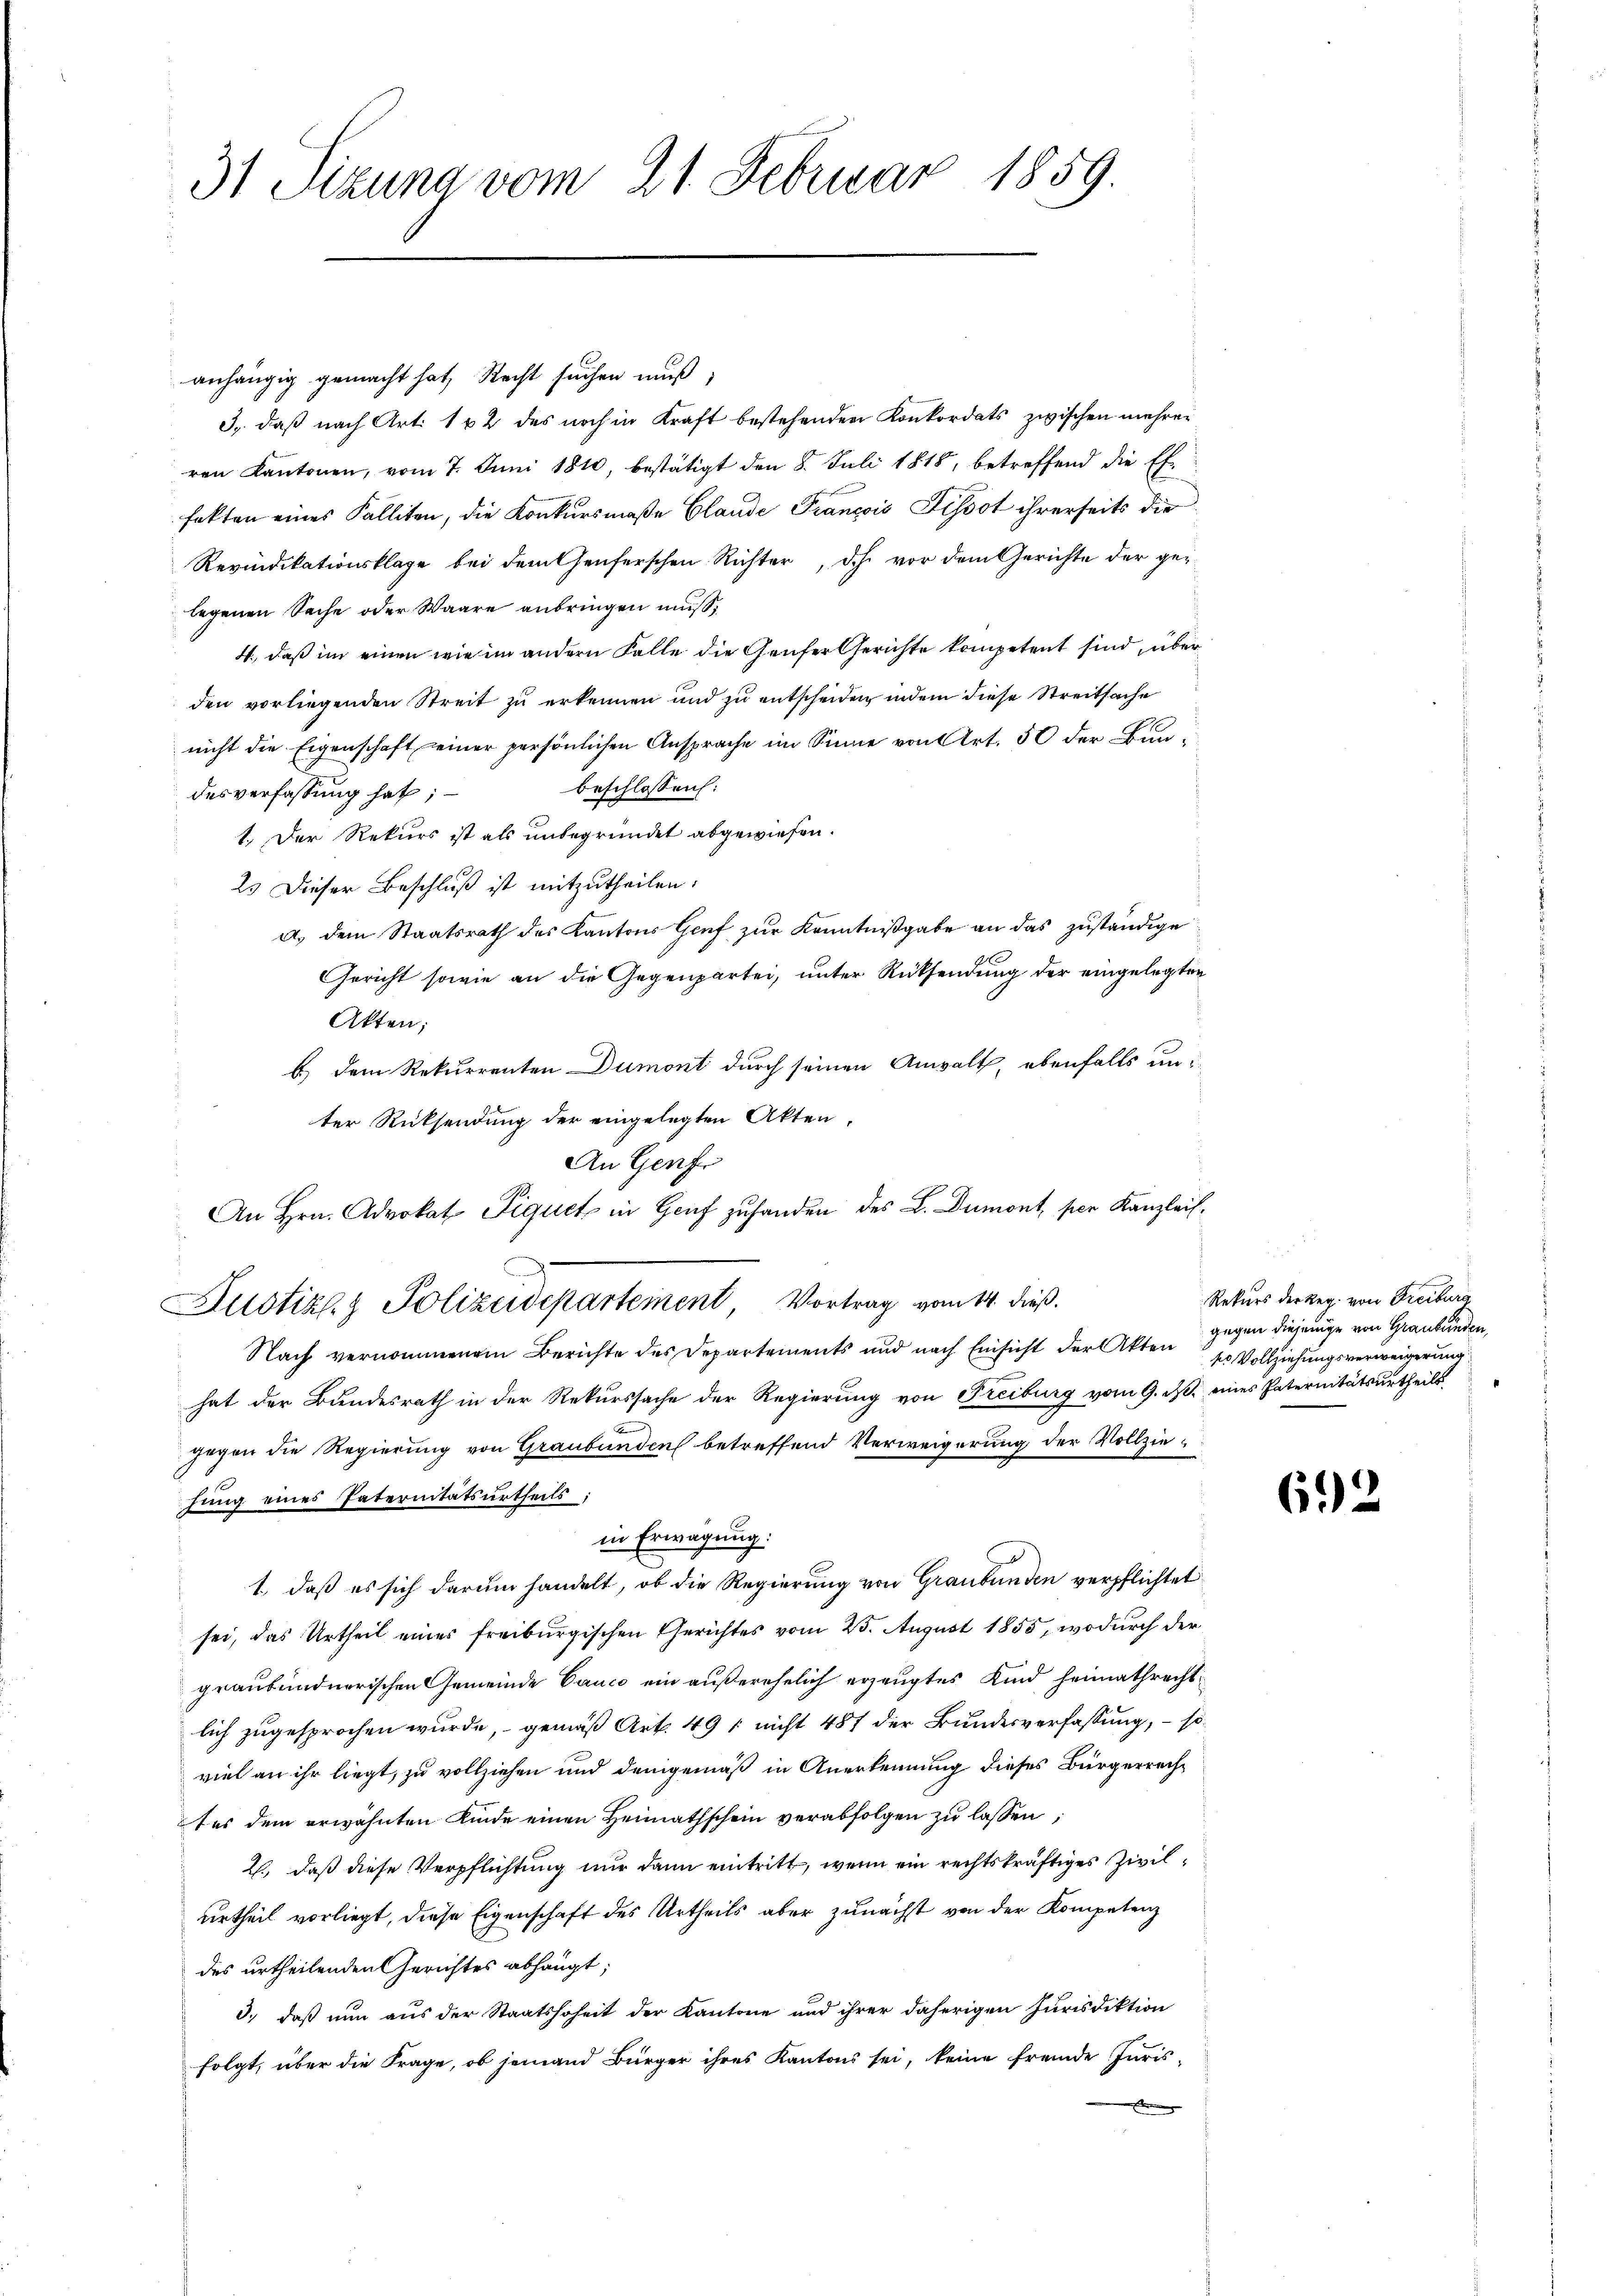
31 Sizung vom 21. Februar 1859.

anhängig gemacht hat, Recht suchen muß;
3. daß nach Art. 162 des noch in Kraft bestehenden Konkordats zwischen mehrer
ren Kantonen, vom 7. Juni 1810, bestätigt den 8. Juli 1818, betreffend die Exfakten eines Falliten, die Konkursmaße Glande François Pissot ihrerseits die
Revindikationsklage bei dem theuferschen Richter, dch vor dem Gerichte der gelegenen Sache oder Waare anbringen muß,
4., daß im einen wie im andern Falle die Genfer Gerichte kompetent sind, über
den vorliegenden Streit zu erkennen und zu entscheiden indem diese Streitsache
nicht die Eigenschaft seiner persönlichen Ansprache im Sinne von Art. 50 der Bunbeschlossen:
desverfassung hat;
1.) Der Rekurs ist als unbegründet abgewiesen.
2. Dieser Beschluß ist mitzutheilen.
A. dem Staatsrath des Kantons Genf zur Kenntnißgabe an das zuständige
Gericht sowie an die Gegenpartei, unter Rücksendung der eingelegten
Akten;
b.) Dem Rekurrenten Dumont durch seinen Anwalt, ebenfalls an i
ter Rücksendung der eingelegten Akten
An Genf
An Hrn. Advokat Piquet in Genf zuhanden des L. Dumont, per Kanzlei-
Justiz & Polizeidepartement, Vortrag vom 14. dieß.
Nach vernommenem Berichte des Departements und nach Einsicht der Akten ss Vollziehungsverweigerung
hat der Bundesrath in der Rekurssache der Regierung von Freiburg vom 9. ds. eines Paternitätsurtheils
gegen die Regierung von Graubünden betreffend Verweigerung der Vollziehung eines Paternitätsurtheils:
in Erwägung:
1., daß es sich darum handelt, ob die Regierung von Graubünden verpflichtet
sei, das Urtheil eines freiburgischen Gerichtes vom 25. August 1855, wodurch der
graubündnerischen Gemeinde Canco ein außerehelich erzeugtes Kind heimathrechtlich zugesprochen wurde, gemäß Art. 49 / nicht 487 der Bundesverfassung, – so
viel an ihr liegt, zu vollziehen und demgemäß in Anerkennung dieses Bürgerrechtes dem erwähnten Kinde einen Heimathschein verabfolgen zu lassen;
2., daß diese Verpflichtung nur dann eintritt, wenn ein rechtskräftiges Zivilurtheil vorliegt, diese Eigenschaft des Urtheils aber zunächst von der Kompetenz
des urtheilenden Gerichtes abhangt;
3., daß nun aus der Staatssoheit der Kantone und ihrer daherigen Jurisdiktion
folgt, über die Frage, ob jemand Bürger ihres Kantons sei, keine fremde Juris-
te

Rekurs der Reg. von Freiburg
gegen diejenige von Graubünden,

692